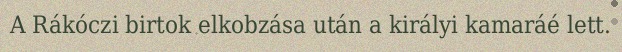
A Rákóczi birtok elkobzása után a királyi kamaráé lett.